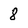
Character: 8